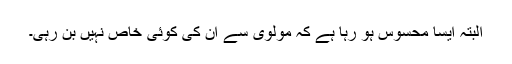
البتہ ایسا محسوس ہو رہا ہے کہ مولوی سے ان کی کوئی خاص نہیں بن رہی۔